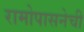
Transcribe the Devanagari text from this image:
रामोपासनेची